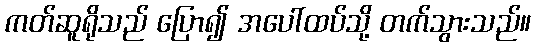
ကတ်ဆူရိုသည် ပြော၍ အပေါ်ထပ်သို့ တက်သွားသည်။